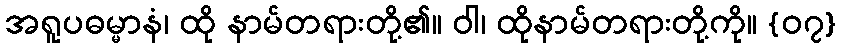
အရူပဓမ္မာနံ၊ ထို နာမ်တရားတို့၏။ ဝါ၊ ထိုနာမ်တရားတို့ကို။ {၀၇}